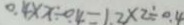
0 . 4 \times x \div 0 . 4 = 1 . 2 \times 2 \div 0 . 4